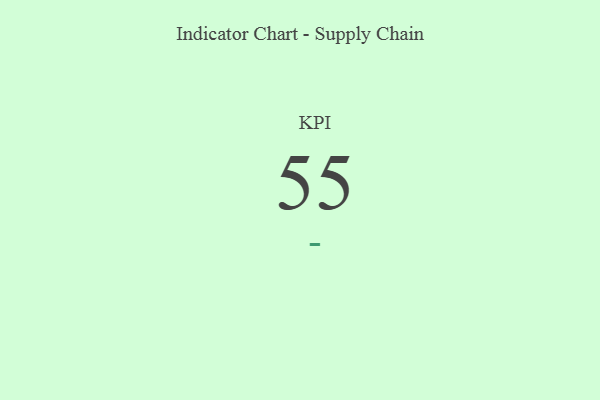
{"axis": {"x": "KPI", "y": "Value"}, "legend": [""], "data": [{"x": "KPI", "y": 55, "type": ""}]}